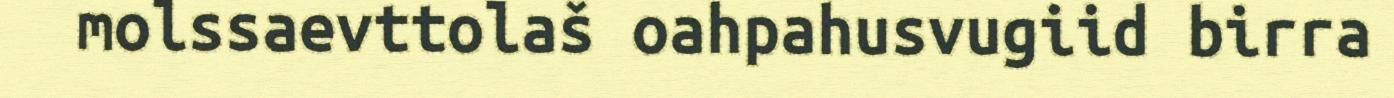
molssaevttolaš oahpahusvugiid birra